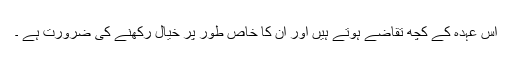
اس عہدہ کے کچھ تقاضے ہوتے ہیں اور ان کا خاص طور پر خیال رکھنے کی ضرورت ہے ۔